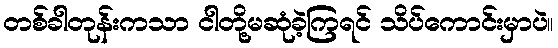
တစ်ခါတုန်းကသာ ငါတို့မဆုံခဲ့ကြရင် သိပ်ကောင်းမှာပဲ။